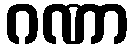
ဂဏာ